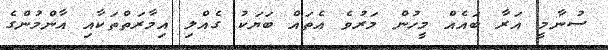
ސުނާމީ އަރާ ބައެއް މީހުން މަރުވެ އެތައް ބަޔަކު ގެއްލި އިމާރަތްތަކާއި އާންމުންގެ